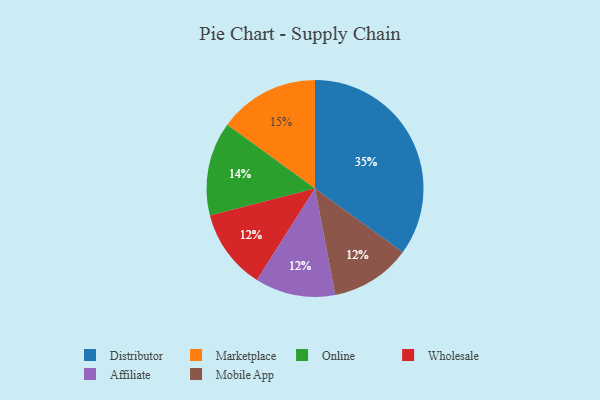
{"axis": {"x": "Category", "y": "Percentage"}, "legend": ["Affiliate", "Distributor", "Marketplace", "Mobile App", "Online", "Wholesale"], "data": [{"x": "Online", "y": 14, "type": "Online"}, {"x": "Wholesale", "y": 12, "type": "Wholesale"}, {"x": "Affiliate", "y": 12, "type": "Affiliate"}, {"x": "Marketplace", "y": 15, "type": "Marketplace"}, {"x": "Mobile App", "y": 12, "type": "Mobile App"}, {"x": "Distributor", "y": 35, "type": "Distributor"}]}